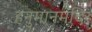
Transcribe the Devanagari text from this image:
हनुमानमंदिर